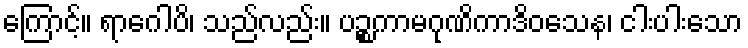
ကြောင့်။ ရာဂေါပိ၊ သည်လည်း။ ပဉ္စကာမဂုဏိကာဒိဝသေန၊ ငါးပါးသော